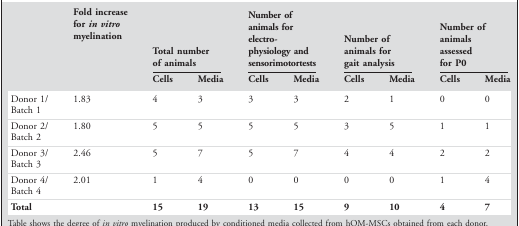
<table><thead><tr><td></td><td><b>Fold increase for <i>in vitro</i> myelination</b></td><td colspan="2"><b>Total number of animals</b></td><td colspan="2"><b>Number of animals for electro‐ physiology and sensorimotortests</b></td><td colspan="2"><b>Number of animals for gait analysis</b></td><td colspan="2"><b>Number of animals assessed for P0</b></td></tr><tr><td></td><td></td><td><b>Cells</b></td><td><b>Media</b></td><td><b>Cells</b></td><td><b>Media</b></td><td><b>Cells</b></td><td><b>Media</b></td><td><b>Cells</b></td><td><b>Media</b></td></tr></thead><tbody><tr><td>Donor 1/Batch 1</td><td>1.83</td><td>4</td><td>3</td><td>3</td><td>3</td><td>2</td><td>1</td><td>0</td><td>0</td></tr><tr><td>Donor 2/Batch 2</td><td>1.80</td><td>5</td><td>5</td><td>5</td><td>5</td><td>3</td><td>5</td><td>1</td><td>1</td></tr><tr><td>Donor 3/Batch 3</td><td>2.46</td><td>5</td><td>7</td><td>5</td><td>7</td><td>4</td><td>4</td><td>2</td><td>2</td></tr><tr><td>Donor 4/Batch 4</td><td>2.01</td><td>1</td><td>4</td><td>0</td><td>0</td><td>0</td><td>0</td><td>1</td><td>4</td></tr><tr><td><b>Total</b></td><td></td><td><b>15</b></td><td><b>19</b></td><td><b>13</b></td><td><b>15</b></td><td><b>9</b></td><td><b>10</b></td><td><b>4</b></td><td><b>7</b></td></tr></tbody></table>